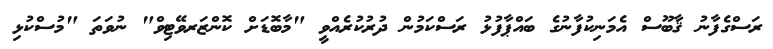
ރަސްގެފާނު ޤާބޫސް އެމަނިކުފާނުގެ ބައްޕާފުޅު ރަސްކަމުން ދުރުކުރެއްވީ "މާބޮޑަށް ކޮންޒަރވޭޓިވް" ނުވަތަ "މުސްކުޅި